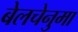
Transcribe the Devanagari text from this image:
बेलचेनुमा